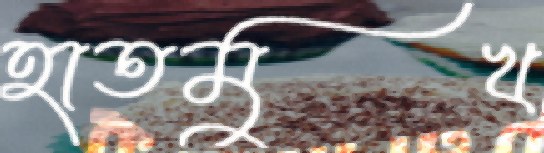
হাতমুখ